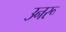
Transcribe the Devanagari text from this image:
उनरू